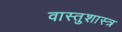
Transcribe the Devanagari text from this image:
वास्‍तुशास्‍त्र